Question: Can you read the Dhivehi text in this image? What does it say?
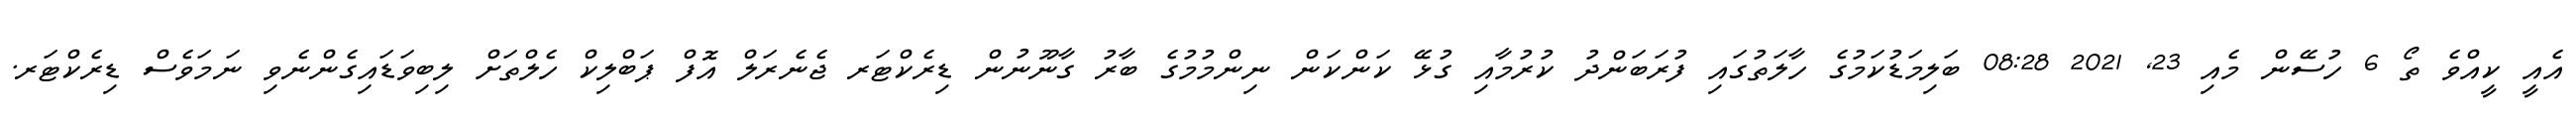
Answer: އެއީ ކީއްވެ ތޯ 6 ހުސޭން މެއި 23, 2021 08:28 ބަލިމަޑުކަމުގެ ހާލަތުގައި ފުރަބަންދު ކުރުމާއި ގުޅޭ ކަންކަން ނިންމުމުގެ ބާރު ގާނޫނުން ޑިރެކްޓަރ ޖެނެރަލް އޮފް ޕަބްލިކް ހެލްތަށް ލިބިވަޑައިގެންނެވި ނަމަވެސް ޑިރެކްޓަރ.